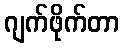
ဂျက်ဖိုက်တာ